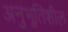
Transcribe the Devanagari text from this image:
अनुभूतिशील